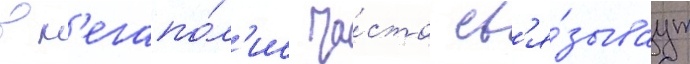
в м'егапо́л'ис ча́сто св'я́зываут